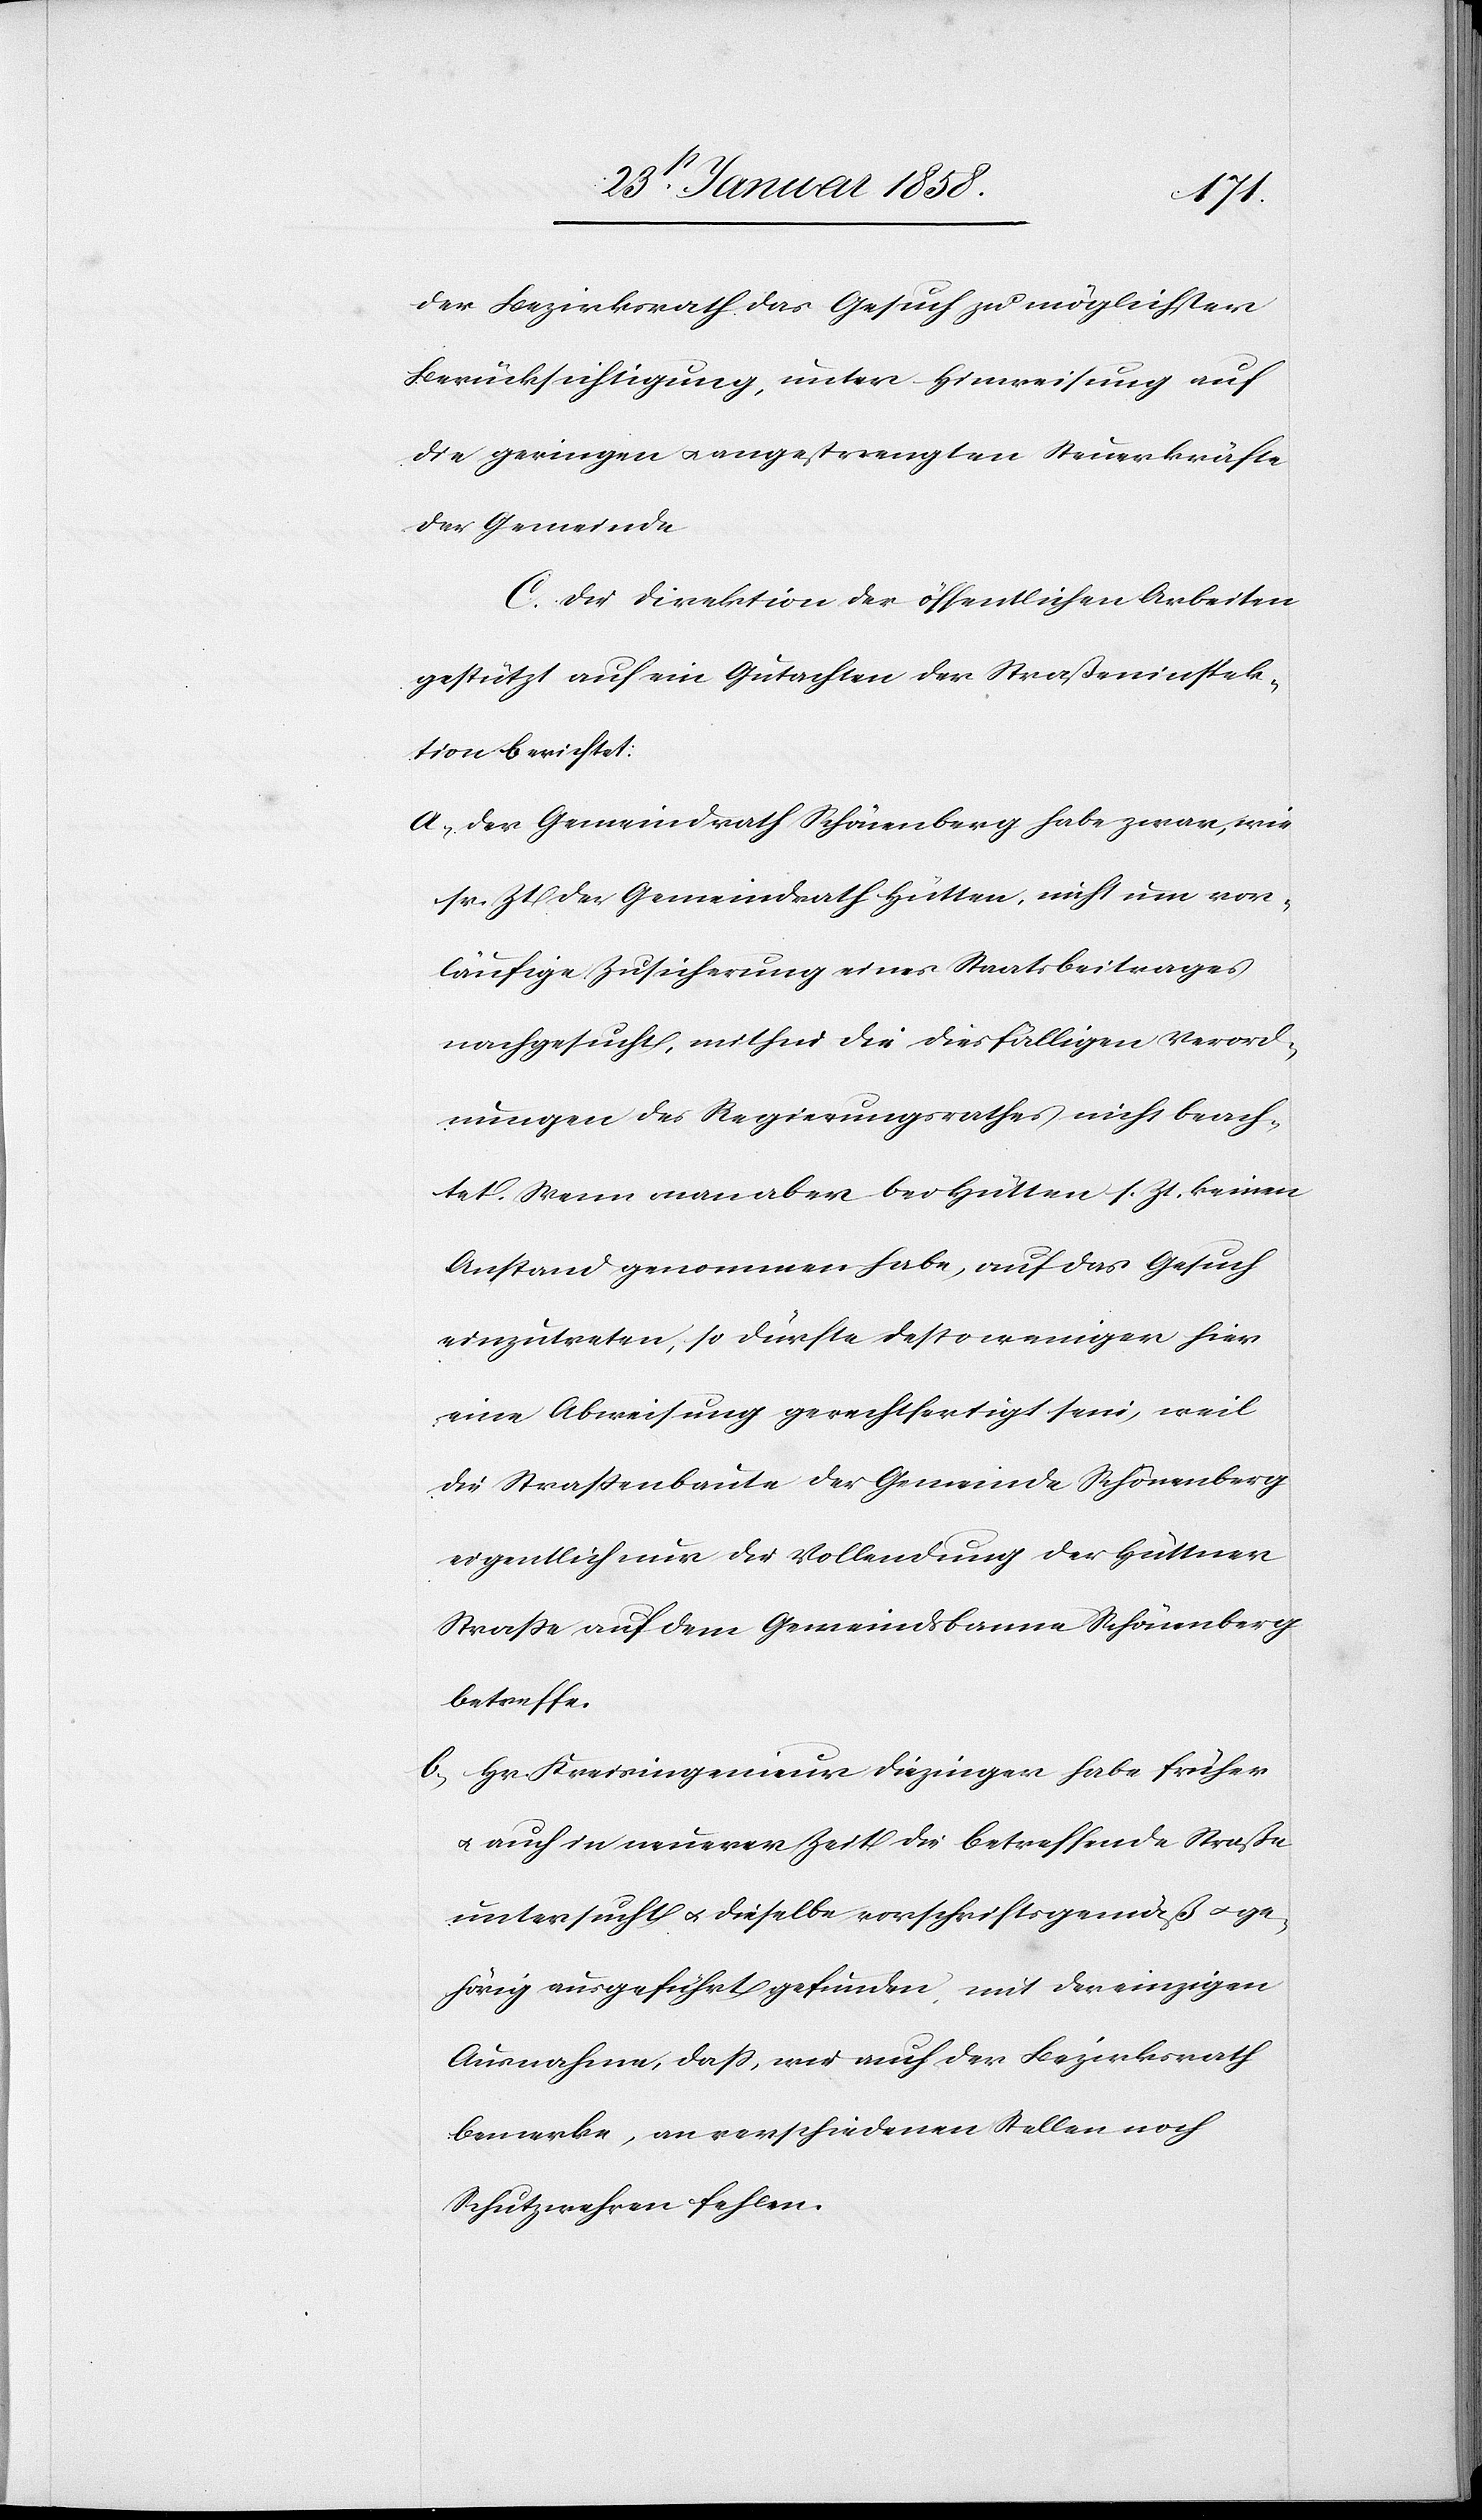
der Bezirksrath das Gesuch zu möglichster
Berücksichtigung, unter Hinweisung auf
die geringen u. angestrengten Steuerkräfte
der Gemeinde.
D. Die Direktion der öffentlichen Arbeiten
gestützt auf ein Gutachten der Straßeninspek¬
tion berichtet:
a. Der Gemeindrath Schönenberg habe zwar, wie
sr. Zt der Gemeindrath Hütten, nicht um vor¬
läufige Zusicherung eines Staatsbeitrages
nachgesucht, mithin die diesfälligen Verord¬
nungen des Regierungsrathes nicht beach¬
tet. Wenn man aber bei Hütten s. Zt. keinen
Anstand genommen habe, auf das Gesuch
einzutreten, so dürfte desto weniger hier
eine Abweisung gerechtfertigt sein, weil
die Straßenbaute der Gemeinde Schönenberg
eigentlich nur die Vollendung der Hüttner
Straße auf dem Gemeindsbanne Schönenberg
betreffe.
b. Hr. Kreisingenieur Diezinger habe früher
u. auch in neuerer Zeit die betreffende Straße
untersucht u. dieselbe vorschriftsgemäß u. ge¬
hörig ausgeführt gefunden, mit der einzigen
Ausnahme, daß, wie auch der Bezirksrath
bemerke, an verschiedenen Stellen noch
Schutzwehren fehlen.